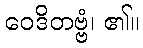
ဝေဒိတဗ္ဗံ၊ ၏။